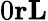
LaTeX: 0\le r\le L